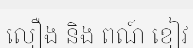
លឿង និង ពណ៍ ខៀវ